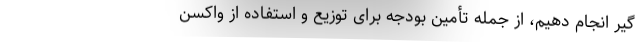
گیر انجام دهیم، از جمله تأمین بودجه برای توزیع و استفاده از واکسن